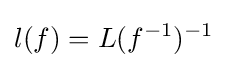
l(f)=L(f^{-1})^{-1}